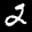
Label: 2